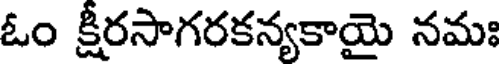
ఓం క్షీరసాగరకన్యకాయై నమః